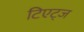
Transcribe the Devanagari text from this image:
टिएट्ज